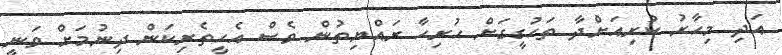
އަދި މިހާރު ކުރިއަށްދާ ތަހުގީގަށް ހުރިހާ ރައްޔިތުން ވެސް އެހީތެރިކަން ދިނުމަށް ވަނީ